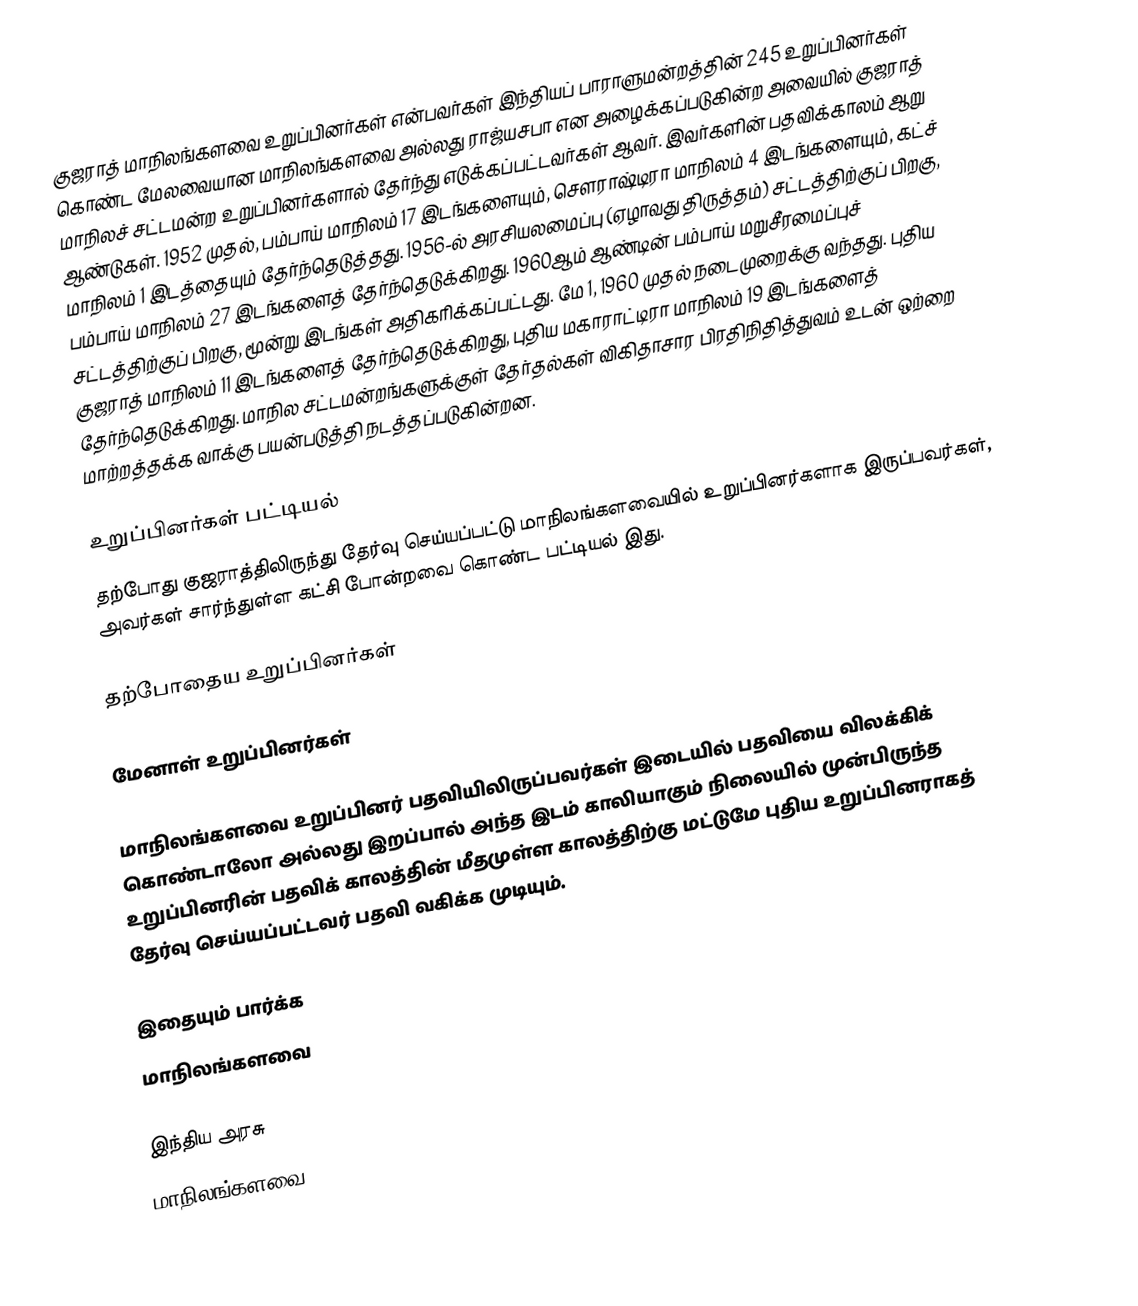
குஜராத் மாநிலங்களவை உறுப்பினர்கள் என்பவர்கள் இந்தியப் பாராளுமன்றத்தின் 245 உறுப்பினர்கள் கொண்ட மேலவையான மாநிலங்களவை அல்லது ராஜ்யசபா என அழைக்கப்படுகின்ற அவையில் குஜராத் மாநிலச் சட்டமன்ற உறுப்பினர்களால் தேர்ந்து எடுக்கப்பட்டவர்கள் ஆவர். இவர்களின் பதவிக்காலம் ஆறு ஆண்டுகள். 1952 முதல், பம்பாய் மாநிலம் 17 இடங்களையும், சௌராஷ்டிரா மாநிலம் 4 இடங்களையும், கட்ச் மாநிலம் 1 இடத்தையும் தேர்ந்தெடுத்தது. 1956-ல் அரசியலமைப்பு (ஏழாவது திருத்தம்) சட்டத்திற்குப் பிறகு, பம்பாய் மாநிலம் 27 இடங்களைத் தேர்ந்தெடுக்கிறது. 1960ஆம் ஆண்டின் பம்பாய் மறுசீரமைப்புச் சட்டத்திற்குப் பிறகு, மூன்று இடங்கள் அதிகரிக்கப்பட்டது. மே 1, 1960 முதல் நடைமுறைக்கு வந்தது. புதிய குஜராத் மாநிலம் 11 இடங்களைத் தேர்ந்தெடுக்கிறது, புதிய மகாராட்டிரா மாநிலம் 19 இடங்களைத் தேர்ந்தெடுக்கிறது. மாநில சட்டமன்றங்களுக்குள் தேர்தல்கள் விகிதாசார பிரதிநிதித்துவம் உடன் ஒற்றை மாற்றத்தக்க வாக்கு பயன்படுத்தி நடத்தப்படுகின்றன.

உறுப்பினர்கள் பட்டியல்
தற்போது குஜராத்திலிருந்து தேர்வு செய்யப்பட்டு மாநிலங்களவையில் உறுப்பினர்களாக இருப்பவர்கள், அவர்கள் சார்ந்துள்ள கட்சி போன்றவை கொண்ட பட்டியல் இது.

தற்போதைய உறுப்பினர்கள்

மேனாள் உறுப்பினர்கள்

 மாநிலங்களவை உறுப்பினர் பதவியிலிருப்பவர்கள் இடையில் பதவியை விலக்கிக் கொண்டாலோ அல்லது இறப்பால் அந்த இடம் காலியாகும் நிலையில் முன்பிருந்த உறுப்பினரின் பதவிக் காலத்தின் மீதமுள்ள காலத்திற்கு மட்டுமே புதிய உறுப்பினராகத் தேர்வு செய்யப்பட்டவர் பதவி வகிக்க முடியும்.

இதையும் பார்க்க
மாநிலங்களவை

இந்திய அரசு
மாநிலங்களவை